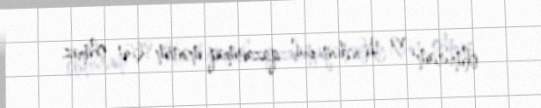
olmuram və Həcdən pul qazanmaq mənim üçün olmaz.